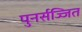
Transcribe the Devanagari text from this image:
पुनर्सज्जित